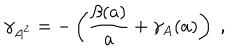
\gamma _ { A ^ { 2 } } = - \left( \frac { \beta ( a ) } { a } + \gamma _ { A } ( a ) \right) \; ,